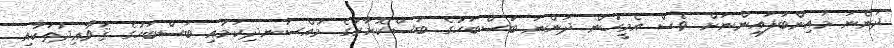
ދަންނަ މައިންބަފައިންނަށް ވެސް އެމީހުން ދަންނަ ބަސްބަހުގެ ބަސްކޮށާރުގެ މުއްސަނދިކަމާއި ބަސްބަހުގެ ޤަވާޢިދުތަކާއި